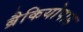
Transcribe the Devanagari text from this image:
ब्रैकियोपाड